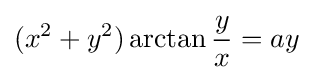
(x^{2}+y^{2})\arctan {\frac {y}{x}}=ay